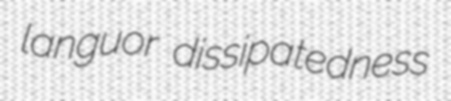
languor dissipatedness